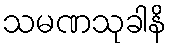
သမဏသုခါနိ